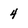
Character: 4